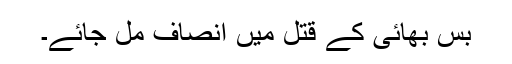
بس بھائی کے قتل میں انصاف مل جائے۔